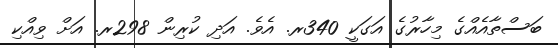
ބަސްތާއެއްގެ މިހާރުގެ އަގަކީ 340ރ. އެވެ. އަދި ކުރިން 298ރ. އަށް ވިއްކި